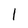
Character: I